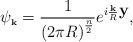
\begin{align*}\psi_{\mbox{\bf\tiny k}} = \frac{1}{ \left( 2\pi R\right)^{\frac{n}{2}}} e^{i \frac{\mbox{\bf\tiny k}}{R}\mbox{\bf y}},\end{align*}